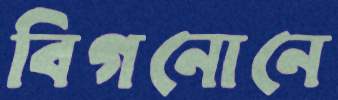
বিগনোনে